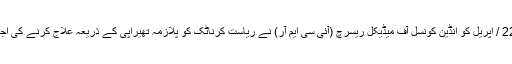
اس سے قبل 22 / اپریل کو انڈین کونسل آف میڈیکل ریسرچ (آئی سی ایم آر) نے ریاست کرناٹک کو پلازمہ تھیراپی کے ذریعہ علاج کرنے کی اجازت دی تھی۔